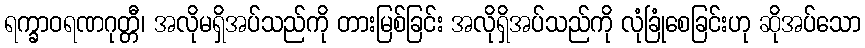
ရက္ခာဝရဏဂုတ္တီ၊ အလိုမရှိအပ်သည်ကို တားမြစ်ခြင်း အလိုရှိအပ်သည်ကို လုံခြုံစေခြင်းဟု ဆိုအပ်သော